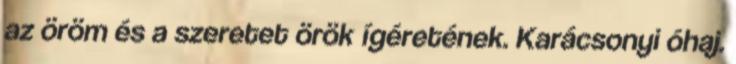
az öröm és a szeretet örök ígéretének. Karácsonyi óhaj.